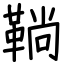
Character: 鞝